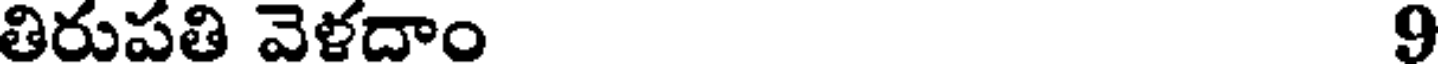
తిరుపతి వెళదాం 9